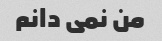
من نمی دانم